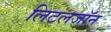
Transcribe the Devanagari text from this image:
लिटलजॉन